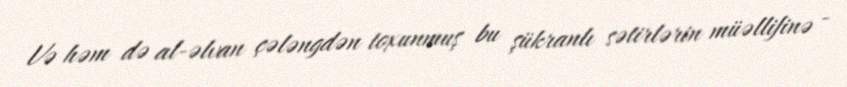
Və həm də al-əlvan çələngdən toxunmuş bu şükranlı sətirlərin müəllifinə -